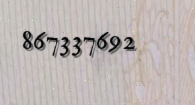
867337692